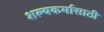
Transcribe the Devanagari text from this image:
शल्यकर्मासाठी